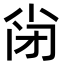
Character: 𡭬